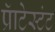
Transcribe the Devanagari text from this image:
प्रॅाटेस्टंट